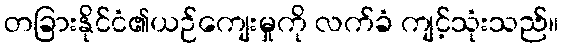
တခြားနိုင်ငံ၏ယဉ်ကျေးမှုကို လက်ခံ ကျင့်သုံးသည်။